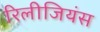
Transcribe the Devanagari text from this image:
रिलीजियंस